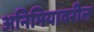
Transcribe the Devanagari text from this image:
अनिमियावरील